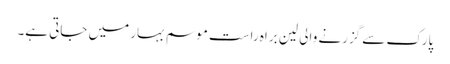
پارک سے گزرنے والی لین براہ راست موسم بہار میں جاتی ہے۔